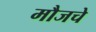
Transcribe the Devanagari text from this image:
मौजचे